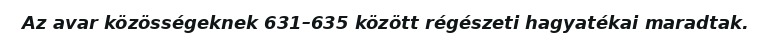
Az avar közösségeknek 631–635 között régészeti hagyatékai maradtak.